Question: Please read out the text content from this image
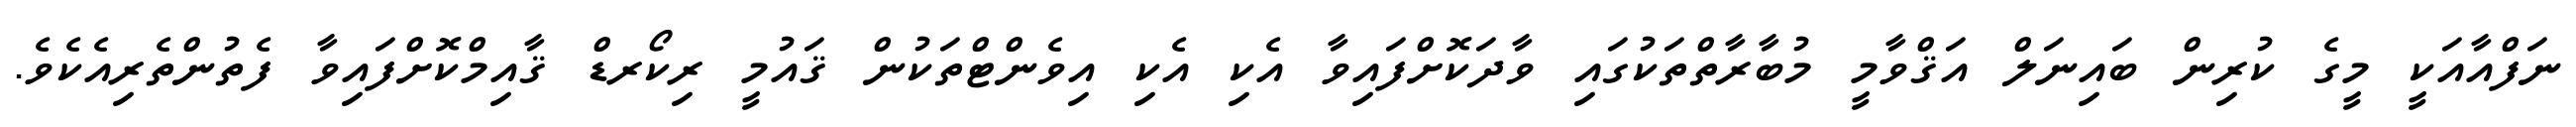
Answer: ނަފްއާއަކީ މީގެ ކުރިން ބައިނަލް އަޤްވާމީ މުބާރާތްތަކުގައި ވާދަކޮށްފައިވާ އެކި އެކި އިވެންޓްތަކުން ޤައުމީ ރިކޯރޑް ޤާއިމްކޮށްފައިވާ ފެތުންތެރިއެކެވެ.